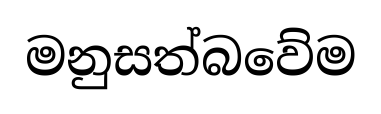
මනුසත්බවේම